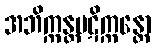
အဘိက္ကန္တပဋိက္ကန္တော